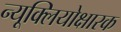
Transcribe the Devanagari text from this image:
न्यूक्लियोक्षारक